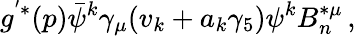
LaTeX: g^{'*}(p)\bar{\psi}^{k}\gamma_{\mu}(v_{k}+a_{k}\gamma_{5})\psi^{k}B_{n}^{*\mu}\, ,